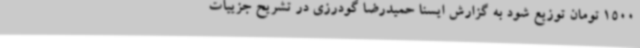
1500 تومان توزیع شود به گزارش ایسنا حمیدرضا گودرزی در تشریح جزییات